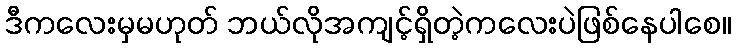
ဒီကလေးမှမဟုတ် ဘယ်လိုအကျင့်ရှိတဲ့ကလေးပဲဖြစ်နေပါစေ။